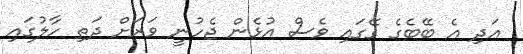
އަދި އެ ބޭބެގެ ގޭގައި ވެސް އުޅެން ޖެހުނީ ވަރަށް ދަތި ހާލުގައި